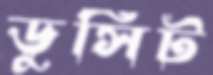
ডুসিট